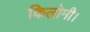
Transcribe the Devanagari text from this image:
किलोमी।